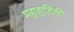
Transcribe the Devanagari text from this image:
महाहार्दिकी